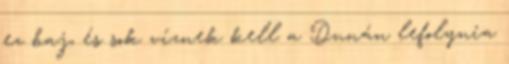
ez baj, és sok víznek kell a Dunán lefolynia